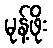
မုန့်ဖိုး